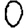
Digit: 0